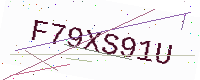
Text: F79XS91U